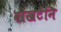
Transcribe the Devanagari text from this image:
वोखटेनि